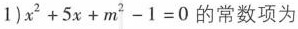
$$1 ) x ^{2} + 5 x + m^{2} - 1 = 0$$ 的常数项为